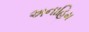
અનાહિમ